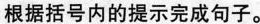
根据括号内的提示完成句子。